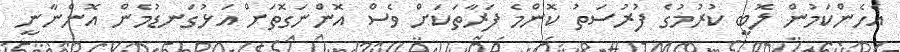
އެހެންކަމުން ލޮބީ ކުރުމުގެ ފުރުސަތު ކޮންމެ ފަރާތަކަށް ވެސް އޮންނަގޮތަށް އަޅުގަނޑުމެން އޮންނާނީ